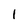
Character: 1